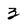
Character: z